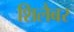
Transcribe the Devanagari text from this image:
शिलैबर